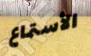
الأستماع